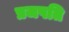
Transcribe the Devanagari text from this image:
प्रजपति